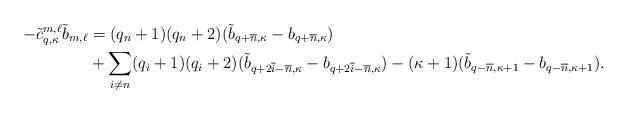
LaTeX: \begin{align*}-\tilde c^{m,\ell} _{q,\kappa} \tilde b_{m,\ell} & = (q_n +1) (q_n +2)( \tilde b_{q+ \overline{n},\kappa}- b_{q+ \overline{n},\kappa}) \\& + \sum_{i \neq n} (q_i + 1) (q_i + 2)(\tilde b_ {q+ 2 \overline{i} - \overline n,\kappa}- b_{q+ 2 \overline{i} - \overline n,\kappa}) - (\kappa+1)( \tilde b_{q- \overline{n}, \kappa+1} - b_{q- \overline{n}, \kappa+1}).\end{align*}